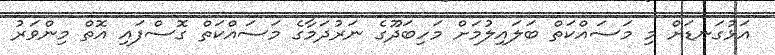
އަޅުގަނޑަށް މި މަސައްކަތް ބަލައިލުމަށް މަހިބަދޫގެ ނަރުދަމާގެ މަސައްކަތް ގޮސްފައި އޮތް މިންވަރު